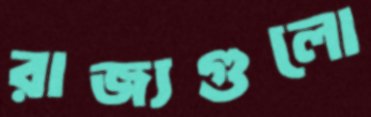
রাজ্যগুলো